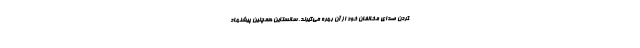
کردن صدای مخالفان خود از آن بهره می‌گیرند. سانستاین همچنین پیشنهاد